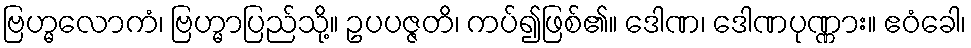
ဗြဟ္မလောကံ၊ ဗြဟ္မာပြည်သို့။ ဥပပဇ္ဇတိ၊ ကပ်၍ဖြစ်၏။ ဒေါဏ၊ ဒေါဏပုဏ္ဏား။ ဧဝံခေါ၊